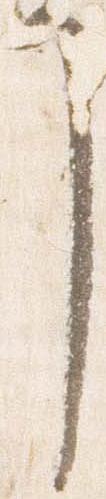
了